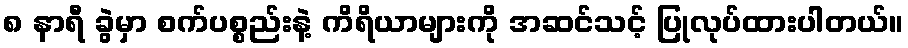
၈ နာရီ ခွဲမှာ စက်ပစ္စည်းနဲ့ ကိရိယာများကို အဆင်သင့် ပြုလုပ်ထားပါတယ်။